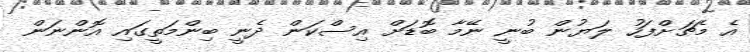
އެ މެޗަށްފަހު ލަޔުން ބުނީ ނޭމާ ބޮޑަށް އިސްކަން ދެނީ ބިންމަތީގައި އޮންނަން